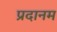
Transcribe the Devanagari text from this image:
प्रदानम